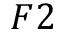
F 2